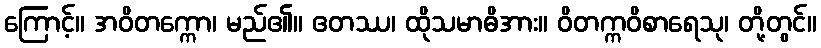
ကြောင့်။ အဝိတက္ကော၊ မည်၏။ ဧတဿ၊ ထိုသမာဓိအား။ ဝိတက္ကဝိစာရေသု၊ တို့တွင်။